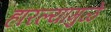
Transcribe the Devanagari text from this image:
हारल्यामुळे